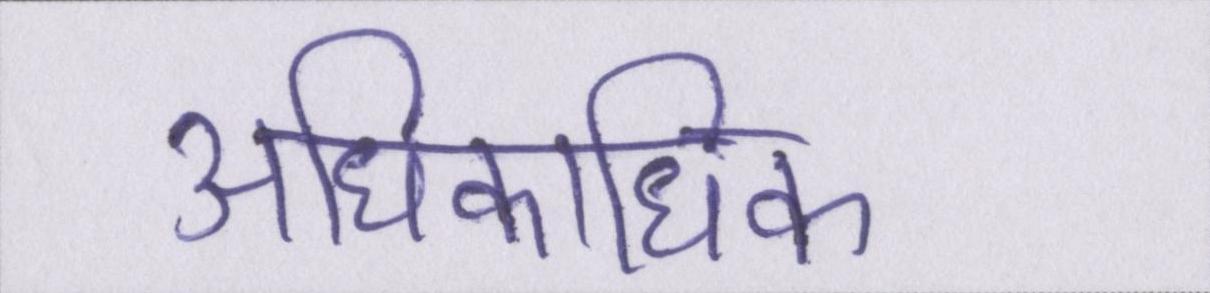
अधिकाधिक